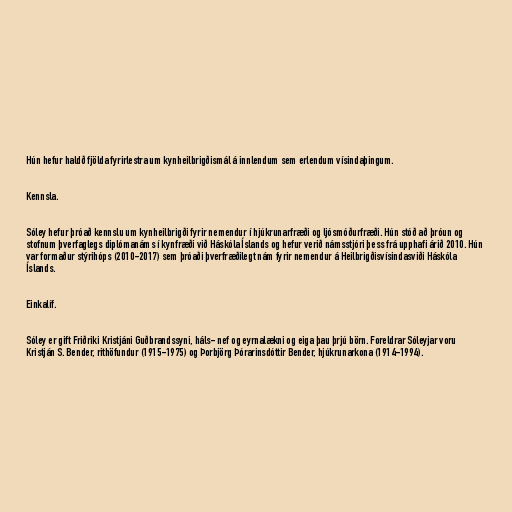
Hún hefur haldð fjölda fyrirlestra um kynheilbrigðismál á innlendum sem erlendum vísindaþingum.

Kennsla.

Sóley hefur þróað kennslu um kynheilbrigði fyrir nemendur í hjúkrunarfræði og ljósmóðurfræði. Hún stóð að þróun og
stofnum þverfaglegs diplómanáms í kynfræði við Háskóla Íslands og hefur verið námsstjóri þess frá upphafi árið 2010. Hún
var formaður stýrihóps (2010-2017) sem þróaði þverfræðilegt nám fyrir nemendur á Heilbrigðisvísindasviði Háskóla
Íslands.

Einkalíf.

Sóley er gift Friðriki Kristjáni Guðbrandssyni, háls- nef og eyrnalækni og eiga þau þrjú börn. Foreldrar Sóleyjar voru
Kristján S. Bender, rithöfundur (1915-1975) og Þorbjörg Þórarinsdóttir Bender, hjúkrunarkona (1914-1994).